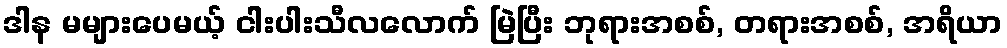
ဒါန မများပေမယ့် ငါးပါးသီလလောက် မြဲပြီး ဘုရားအစစ်, တရားအစစ်, အရိယာ